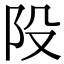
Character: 𨸜